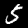
Label: 5